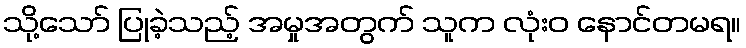
သို့သော် ပြုခဲ့သည့် အမှုအတွက် သူက လုံးဝ နောင်တမရ။